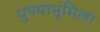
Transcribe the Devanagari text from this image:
पुण्याभूमिला